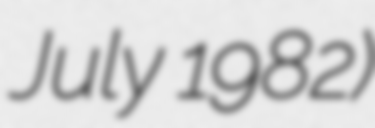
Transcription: July 1982)